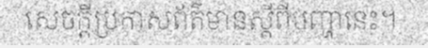
សេចក្តីប្រកាសព័ត៌មានស្តីពីបញ្ហានេះ។